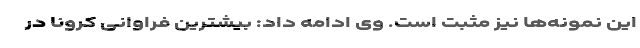
این نمونه‌ها نیز مثبت است. وی ادامه داد: بیشترین فراوانی کرونا در